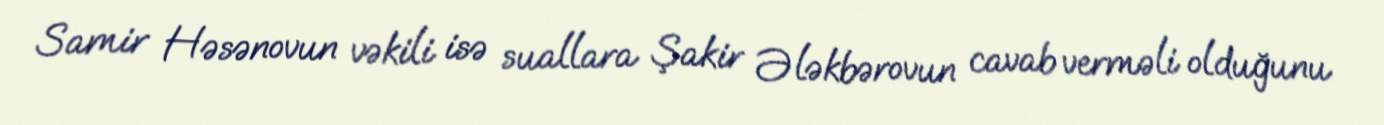
Samir Həsənovun vəkili isə suallara Şakir Ələkbərovun cavab verməli olduğunu